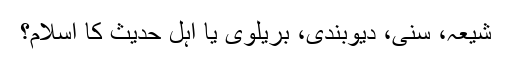
شیعہ، سنی، دیوبندی، بریلوی یا اہلِ حدیث کا اسلام؟